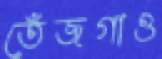
তেঁজগাও